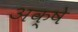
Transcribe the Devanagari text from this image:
अक्षे